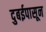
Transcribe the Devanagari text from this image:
दुबईपासून